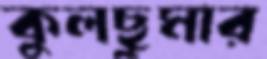
কুলছুমার